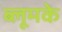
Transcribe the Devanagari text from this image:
ब्लूमके